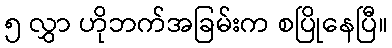
၅ လွှာ ဟိုဘက်အခြမ်းက စပြိုနေပြီ။